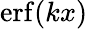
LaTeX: \mathrm{erf}(kx)